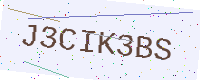
Text: J3CIK3BS